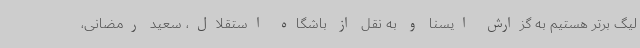
لیگ برتر هستیم به گزارش ایسنا و به نقل از باشگاه استقلال، سعید رمضانی،